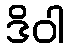
ဒိဝါ